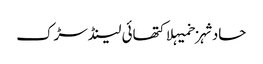
حادثہزخمیہلاکتھائی لینڈسڑک